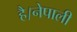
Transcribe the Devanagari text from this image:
है।नेपाली